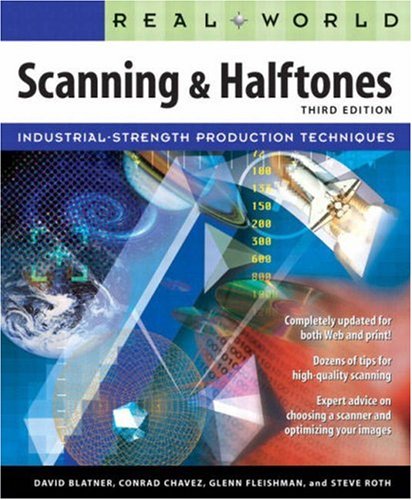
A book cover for Real World Scanning and Halftones (3rd Edition); David Blatner; Computers & Technology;